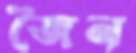
জৈন